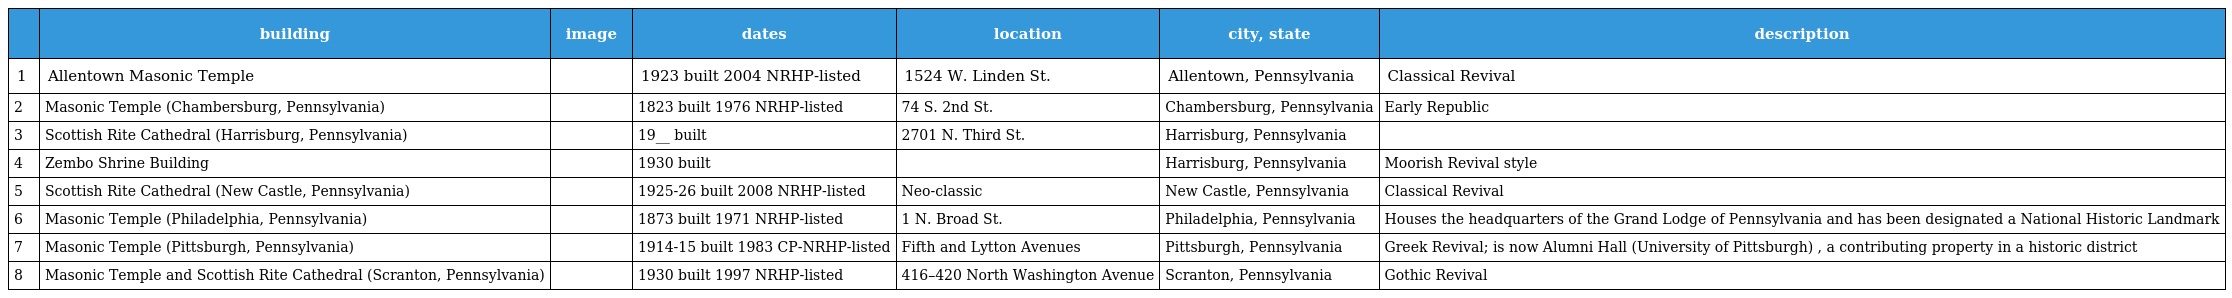
|  | building | image | dates | location | city, state | description |
 | --- | --- | --- | --- | --- | --- | --- |
 | 1 | Allentown Masonic Temple |  | 1923 built 2004 NRHP-listed | 1524 W. Linden St. | Allentown, Pennsylvania | Classical Revival |
 | 2 | Masonic Temple (Chambersburg, Pennsylvania) |  | 1823 built 1976 NRHP-listed | 74 S. 2nd St. | Chambersburg, Pennsylvania | Early Republic |
 | 3 | Scottish Rite Cathedral (Harrisburg, Pennsylvania) |  | 19__ built | 2701 N. Third St. | Harrisburg, Pennsylvania |  |
 | 4 | Zembo Shrine Building |  | 1930 built |  | Harrisburg, Pennsylvania | Moorish Revival style |
 | 5 | Scottish Rite Cathedral (New Castle, Pennsylvania) |  | 1925-26 built 2008 NRHP-listed | Neo-classic | New Castle, Pennsylvania | Classical Revival |
 | 6 | Masonic Temple (Philadelphia, Pennsylvania) |  | 1873 built 1971 NRHP-listed | 1 N. Broad St. | Philadelphia, Pennsylvania | Houses the headquarters of the Grand Lodge of Pennsylvania and has been designated a National Historic Landmark |
 | 7 | Masonic Temple (Pittsburgh, Pennsylvania) |  | 1914-15 built 1983 CP-NRHP-listed | Fifth and Lytton Avenues | Pittsburgh, Pennsylvania | Greek Revival; is now Alumni Hall (University of Pittsburgh) , a contributing property in a historic district |
 | 8 | Masonic Temple and Scottish Rite Cathedral (Scranton, Pennsylvania) |  | 1930 built 1997 NRHP-listed | 416–420 North Washington Avenue | Scranton, Pennsylvania | Gothic Revival |